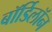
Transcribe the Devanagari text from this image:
बॉर्डिलॉन